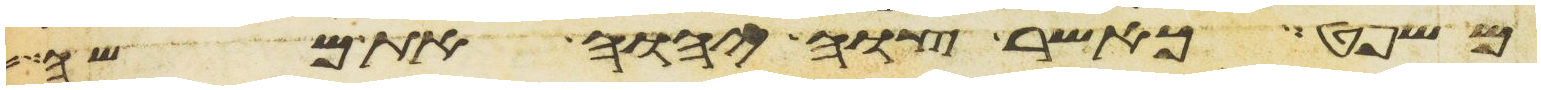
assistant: משפט כאשר צוה יהוה את משה